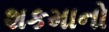
શકમાનો